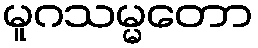
မူဂသမ္မတော